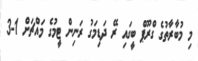
މި މުބާރާތުގެ ގްރޫޕް ބީގައި ރޭ ދަޑިމަގު ރަނިން ޓީމުގެ މައްޗަށް 1-3